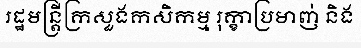
រដ្ឋមន្ត្រីក្រសួងកសិកម្ម រុក្ខាប្រមាញ់ និង